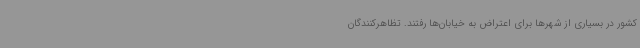
کشور در بسیاری از شهرها برای اعتراض به خیابان‌ها رفتند. تظاهرکنندگان